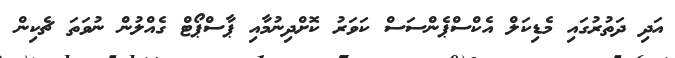
އަދި ދަތުރުގައި މެޑިކަލް އެކްސްޕެންސަސް ކަވަރު ކޮށްދިނުމާއި ޕާސްޕޯޓް ގެއްލުން ނުވަތަ ޗެކިން